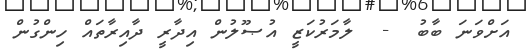
އަށްވަނަ ބާބު  -  ލާމަރުކަޒީ އުޞޫލުން އިދާރީ ދާއިރާތައް ހިންގުން